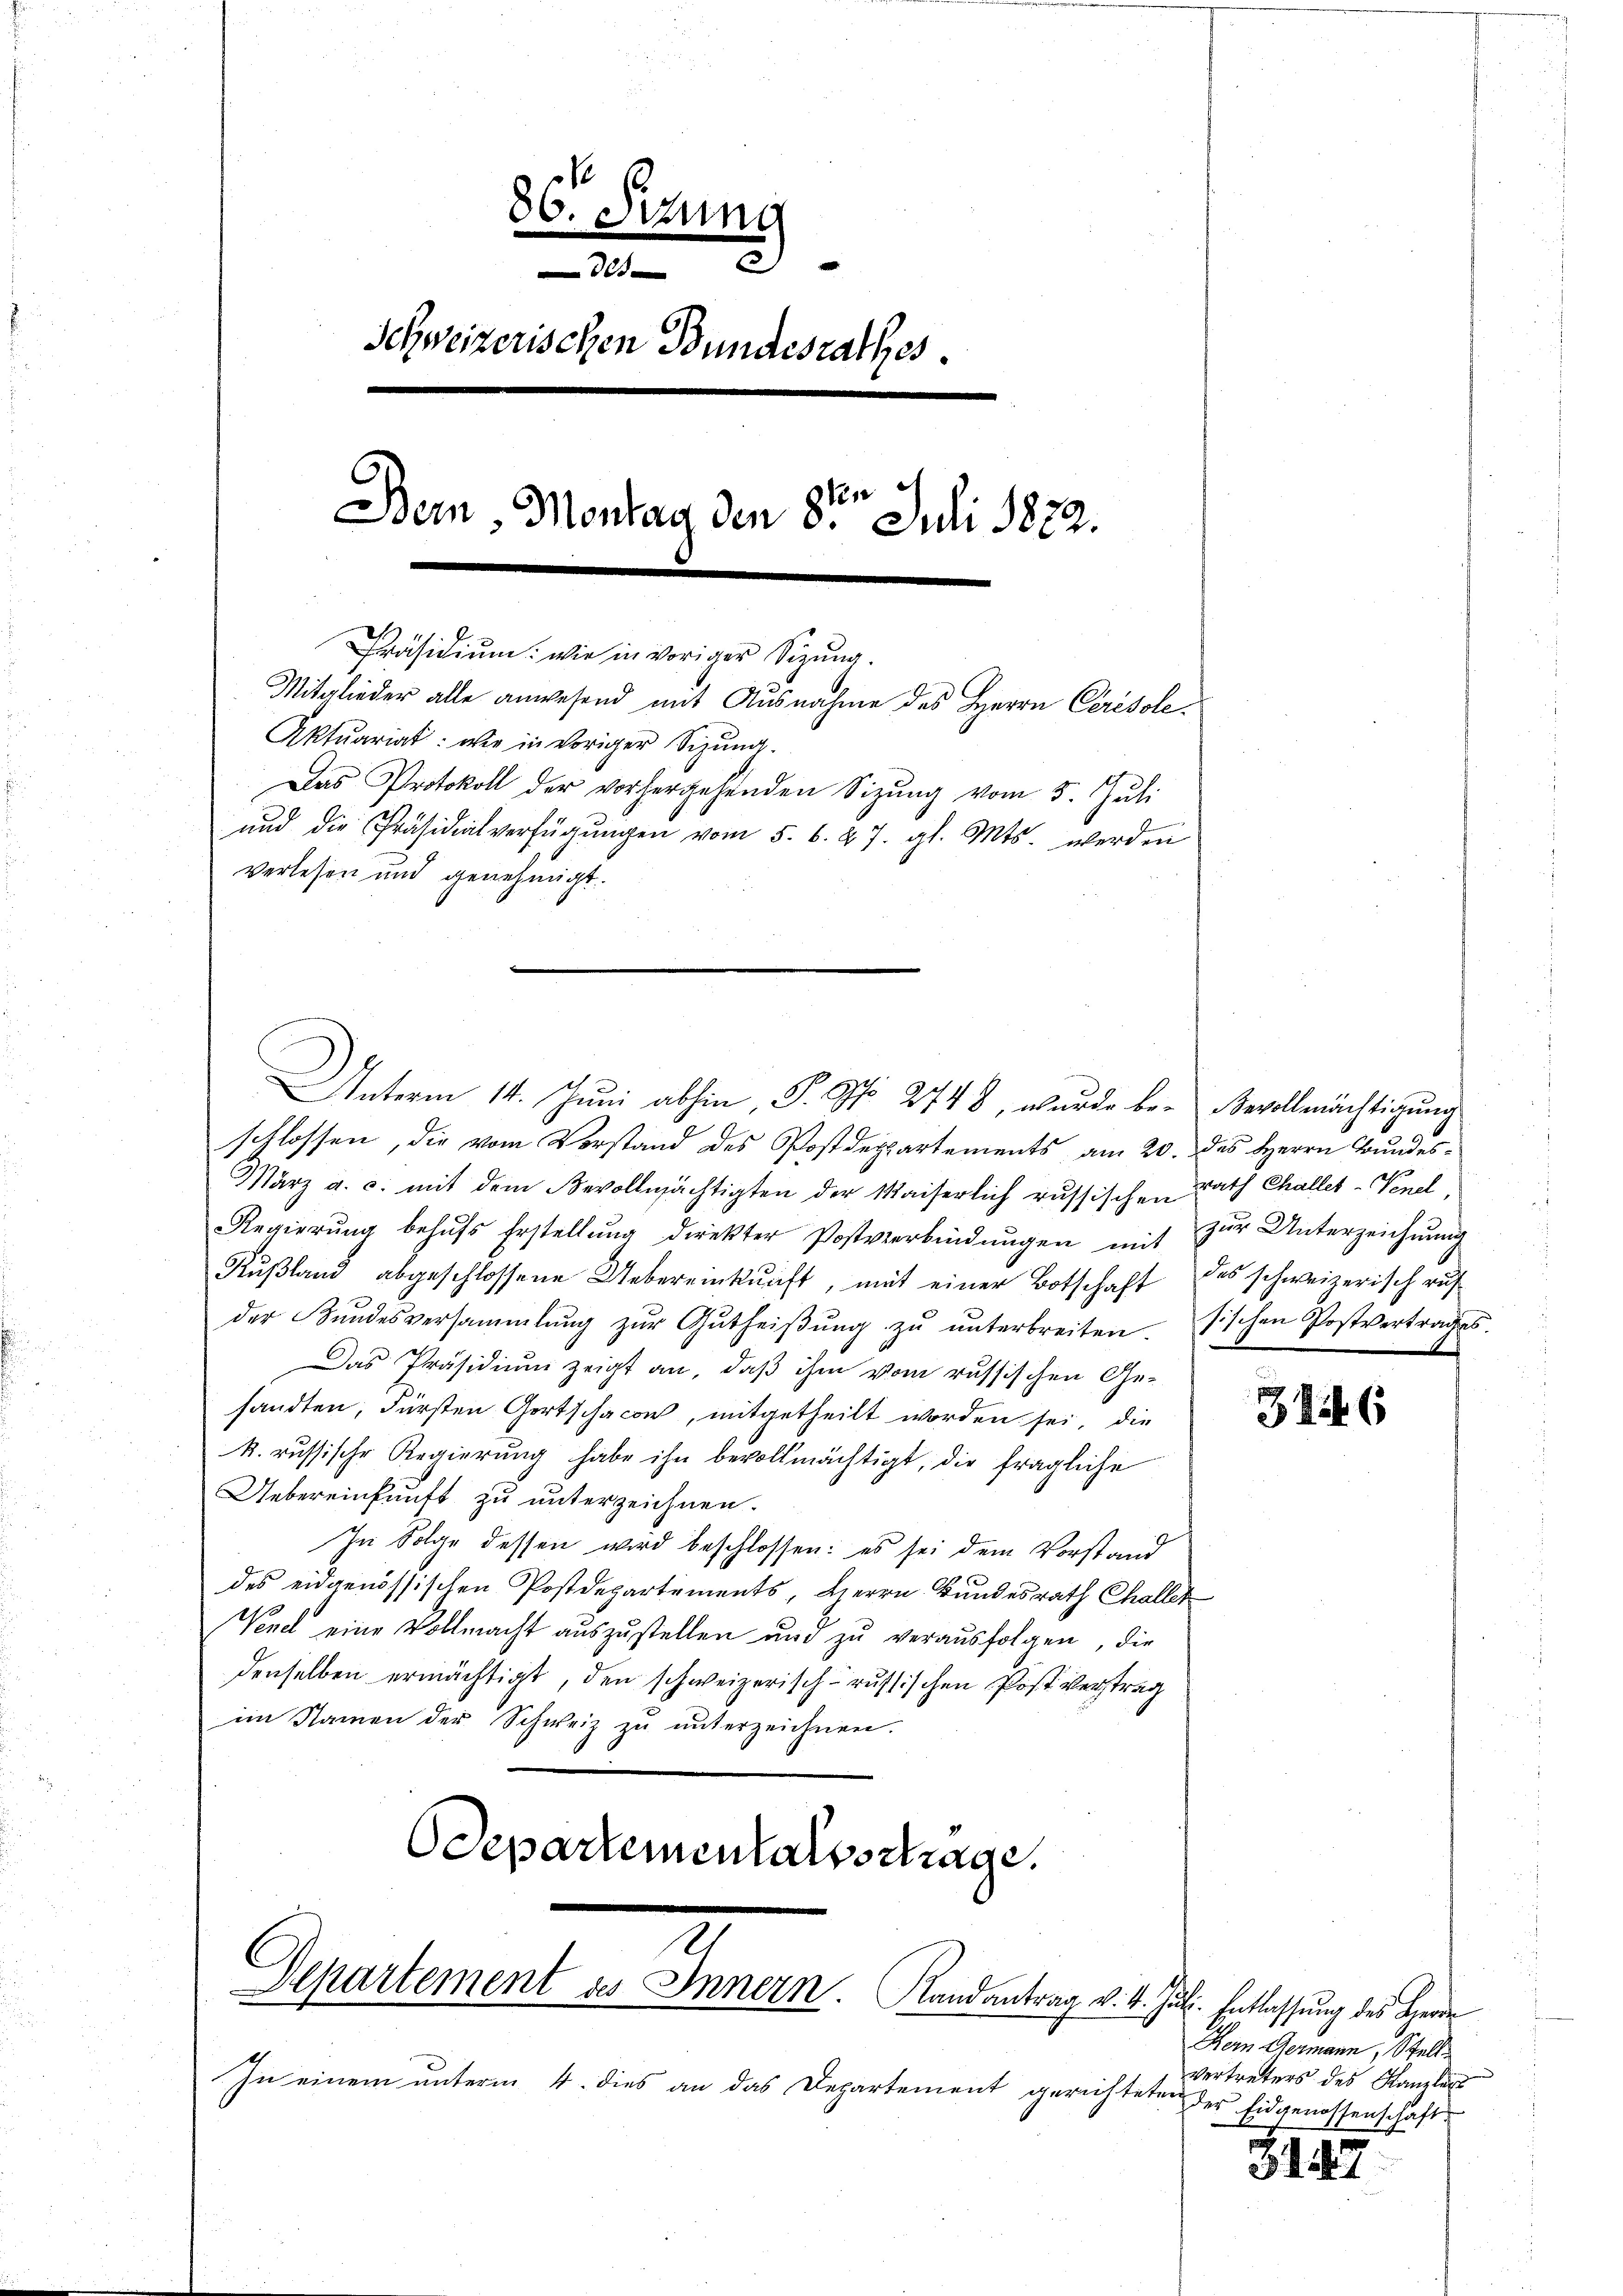
36. Sitzung
e
Schweizerischen Bundesrathes
e
dten
Bern, Montag den 8. Juli 1872.
Präsidium: wie in voriger Sitzung.
Mitglieder alle anwesend mit Ausnahme des Herrn Ceresole
Aktuariat: wie in voriger Sizung.
Das Protokoll der vorhergehenden Sizŭng vom 5. Jŭli
ŭnd die Präsidialverfügŭngen vom 5. 6. 27. gl. Mts. werden
verlesen und genehmigt.

schlossen, die vom Vorstand des Postdeppartements am 20. des Herrn Bundes¬
März a. c. mit dem Bevollmächtigten der Waiserlich russischen Rath Challes-Venel
Regierŭng behŭfs Erstellŭng direkter Postverbindŭngen mit zŭr Unterzeichnŭng
Rußland abgeschlossene Uebereinkunft, mit einer Botschaft das schweizerisch auf
der Bŭndesversammlung zŭr Gŭtheiβŭng zŭ ŭnterbreiten. Fischen Postvertrages.
Das Präsidium zeigt an, daß ihm vom russischen Ge-
sandten, Fürsten Gortschaco, mitgetheilt worden sei, die
k. russische Regierung habe ihn bevollmächtigt, die fragliche
Uebereinkunft zu unterzeichnen.
In Folge dessen wird beschlossen: es sei dem Vorstand
des eidgenössischen Postdepartements, Herrn Bundesrath Challer
Venel eine Vollmacht auszustellen und zu veraŭsfolgen, die
denselben ermächtigt, den schweizerisch-russischen Post vertrag
im Namen der Schweiz zu unterzeichnen.
Departementalsstrage.

Unterm 14. Juni abhin P. G. 2748, wurde be- Bevollmächtigung

Departement des Innern. Landantrag v. 4. Jul. Entlassung des Herre

In einem unterm 4. dies an das Departement gerichteten

346

Hern Germann, Stell
vertreters des Kanzleyt
der Eidgenossenschaft

.